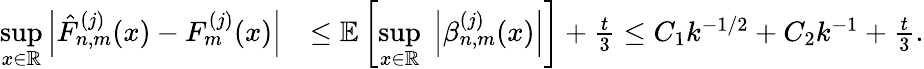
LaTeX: \begin{array}{rl}{\underset{x\in\mathbb{R}}{\operatorname*{sup}}\left|\hat{F}_{n,m}^{(j)}(x)-F_{m}^{(j)}(x)\right|}&{\leq\mathbb{E}\left[\underset{x\in\mathbb{R}}{\operatorname*{sup}}\; \left|\beta_{n,m}^{(j)}(x)\right|\right]+\frac{t}{3}\leq C_{1}k^{-1/2}+C_{2}k^{-1}+\frac{t}{3}.}\end{array}